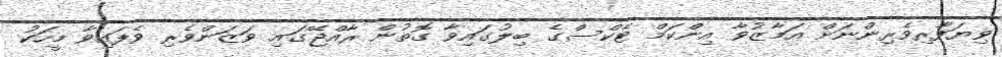
ވިޔަފާރިވެރިންނަށް އަމާޒުވާ އިންކަމް ޓެކްސްގެ ބިލުގައިވާ ގޮތުން ރާއްޖޭގައި ވަޒަންވެރި ވެފައިވާ މީހަކު